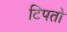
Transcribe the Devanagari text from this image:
टिपतो